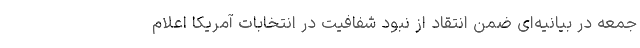
جمعه در بیانیه‌ای ضمن انتقاد از نبود شفافیت در انتخابات آمریکا اعلام